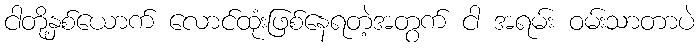
ငါတို့နှစ်ယောက် လောင်ထုံးဖြစ်နေရတဲ့အတွက် ငါ အရမ်း ဝမ်းသာတာပဲ